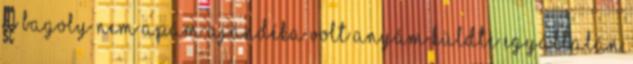
a bagoly Nem apám ajándéka volt Anyám küldte Egyáltalán